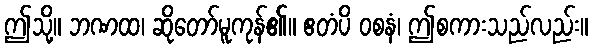
ဤသို့။ ဘဏထ၊ ဆိုတော်မူကုန်၏။ ဧတံပိ ဝစနံ၊ ဤစကားသည်လည်း။